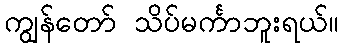
ကျွန်တော် သိပ်မင်္ကာဘူးရယ်။